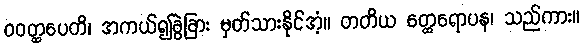
ဝဝတ္ထပေတိ၊ အကယ်၍ခွဲခြား မှတ်သားနိုင်အံ့။ တတိယ တ္ထေရောပန၊ သည်ကား။